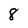
Character: 8